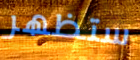
ستظهر